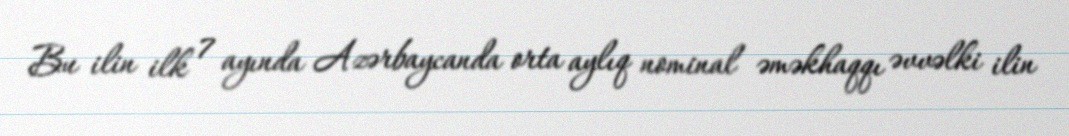
Bu ilin ilk 7 ayında Azərbaycanda orta aylıq nominal əməkhaqqı əvvəlki ilin